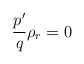
\begin{align*}\frac{{p}^{\prime}}{q}\rho_{r}=0\end{align*}